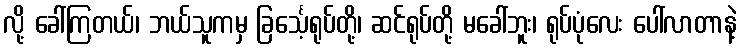
လို့ ခေါ်ကြတယ်၊ ဘယ်သူကမှ ခြင်္သေ့ရုပ်တို့၊ ဆင်ရုပ်တို့ မခေါ်ဘူး၊ ရုပ်ပုံလေး ပေါ်လာတာနဲ့